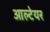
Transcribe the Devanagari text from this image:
आल्टेयर